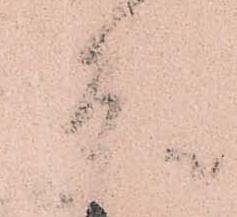
条